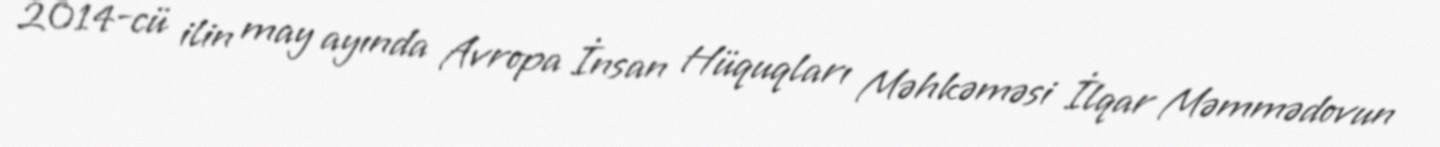
2014-cü ilin may ayında Avropa İnsan Hüquqları Məhkəməsi İlqar Məmmədovun